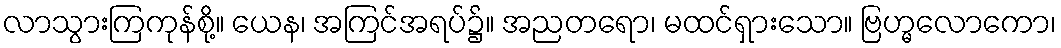
လာသွားကြကုန်စို့။ ယေန၊ အကြင်အရပ်၌။ အညတရော၊ မထင်ရှားသော။ ဗြဟ္မလောကော၊